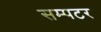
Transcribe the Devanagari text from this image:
सम्पटर